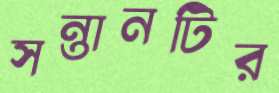
সন্তানটির